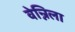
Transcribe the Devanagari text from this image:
वेन्निला